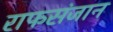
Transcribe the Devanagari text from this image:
राफसंजान